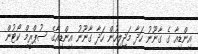
އިންޑިއާ ގެ ގާނޫނު ހަދާ މަޖިލިހުން ހަދާ ގާނޫނު އިންޑިއާގެ ސުޕްރީމް ކޯޓުން